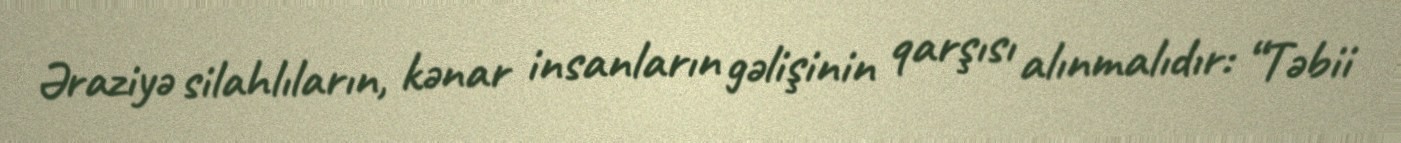
Əraziyə silahlıların, kənar insanların gəlişinin qarşısı alınmalıdır: “Təbii